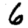
Digit: 6